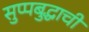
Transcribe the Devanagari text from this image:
सुप्पबुद्धाची